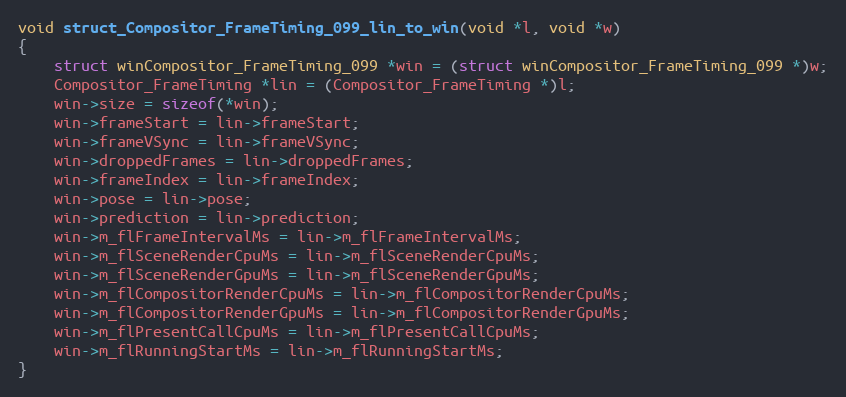
Language: C++
void struct_Compositor_FrameTiming_099_lin_to_win(void *l, void *w)
{
    struct winCompositor_FrameTiming_099 *win = (struct winCompositor_FrameTiming_099 *)w;
    Compositor_FrameTiming *lin = (Compositor_FrameTiming *)l;
    win->size = sizeof(*win);
    win->frameStart = lin->frameStart;
    win->frameVSync = lin->frameVSync;
    win->droppedFrames = lin->droppedFrames;
    win->frameIndex = lin->frameIndex;
    win->pose = lin->pose;
    win->prediction = lin->prediction;
    win->m_flFrameIntervalMs = lin->m_flFrameIntervalMs;
    win->m_flSceneRenderCpuMs = lin->m_flSceneRenderCpuMs;
    win->m_flSceneRenderGpuMs = lin->m_flSceneRenderGpuMs;
    win->m_flCompositorRenderCpuMs = lin->m_flCompositorRenderCpuMs;
    win->m_flCompositorRenderGpuMs = lin->m_flCompositorRenderGpuMs;
    win->m_flPresentCallCpuMs = lin->m_flPresentCallCpuMs;
    win->m_flRunningStartMs = lin->m_flRunningStartMs;
}